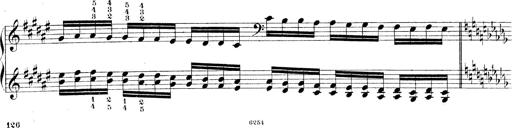
Title: Technische Studien
Composer: Franz Liszt